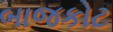
બાજકોટ